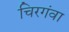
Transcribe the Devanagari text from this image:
चिरगंवा